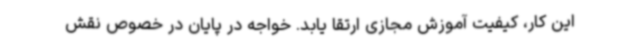
این کار، کیفیت آموزش مجازی ارتقا یابد. خواجه در پایان در خصوص نقش